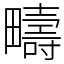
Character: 疇